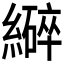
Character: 𫄆